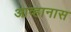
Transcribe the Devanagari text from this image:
आव्हानास